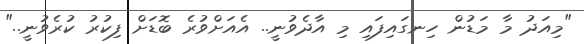
"މިއަދު މާ މަޑުން ހިނގައިފައި މި އާދެވުނީ.. އެއަށްވުރެ ބޮޑަށް ފިކުރު ކުރެވުނީ.."